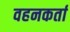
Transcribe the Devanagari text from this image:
वहनकर्ता